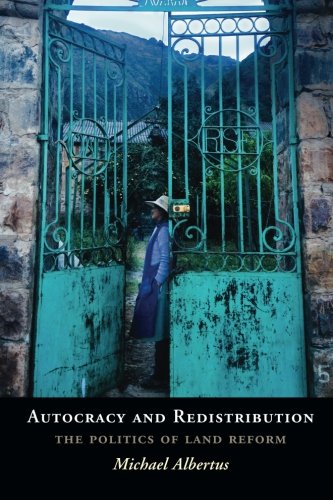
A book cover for Autocracy and Redistribution: The Politics of Land Reform (Cambridge Studies in Comparative Politics); Michael Albertus; Law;